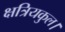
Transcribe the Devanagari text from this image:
क्षत्रियकुल।